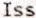
ISS